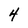
Character: 4